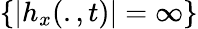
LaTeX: \{ |h_{x}(.,t)|=\infty\}